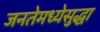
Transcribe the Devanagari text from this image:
जनतेमध्येसुद्धा